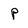
Character: p